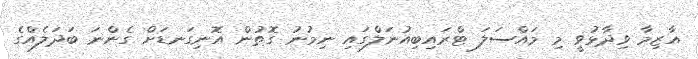
އާޒިމާ ވިދާޅުވީ މި މައްސަލަ ޓްރައިބިއުނަލްގައި ނިމުނު ގޮތުން އޮނިގަނޑަށް ގެންނަ ބަދަލެއްގެ